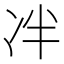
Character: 冸